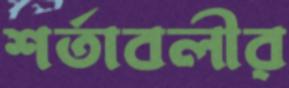
শর্তাবলীর